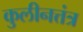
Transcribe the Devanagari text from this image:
कुलीनत्तंत्र